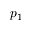
p _ { 1 }